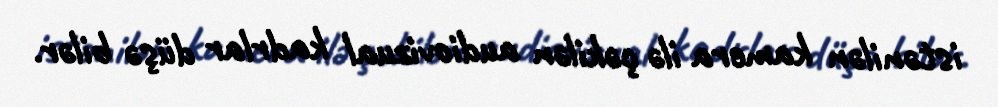
istənilən kamera ilə çəkilən audiovizual kadrlar düşə bilər.